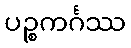
ပဉ္စကင်္ဂဿ